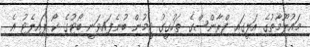
މައުލޫމާތުގެ އަލީގައި ފްރާންސްގެ ތަހުގީގު ޓީމުން ބުނެފައިވަނީ ބޯޓުގެ ކޯ ޕައިލެޓު އެ